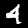
Digit: 4